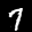
Label: 7